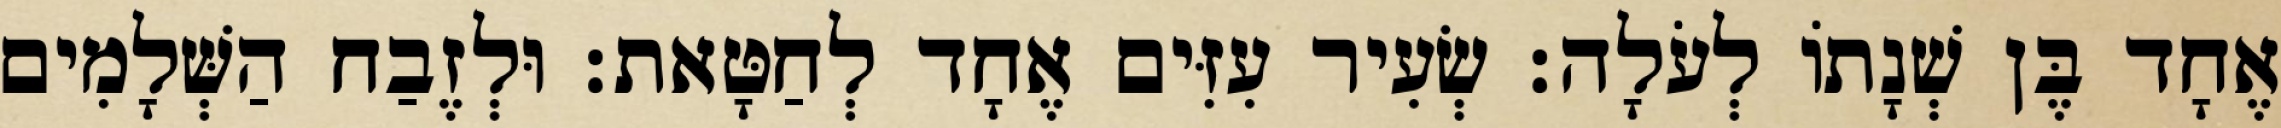
אֶחָד בֶּן שְׁנָתוֹ לְעֹלָה׃ שְׂעִיר עִזִּים אֶחָד לְחַטָּאת׃ וּלְזֶבַח הַשְּׁלָמִים